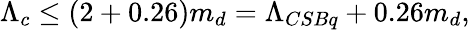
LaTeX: \Lambda_{c}\leq(2+0.26)m_{d}=\Lambda_{CSBq}+0.26m_{d},